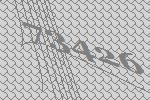
73426